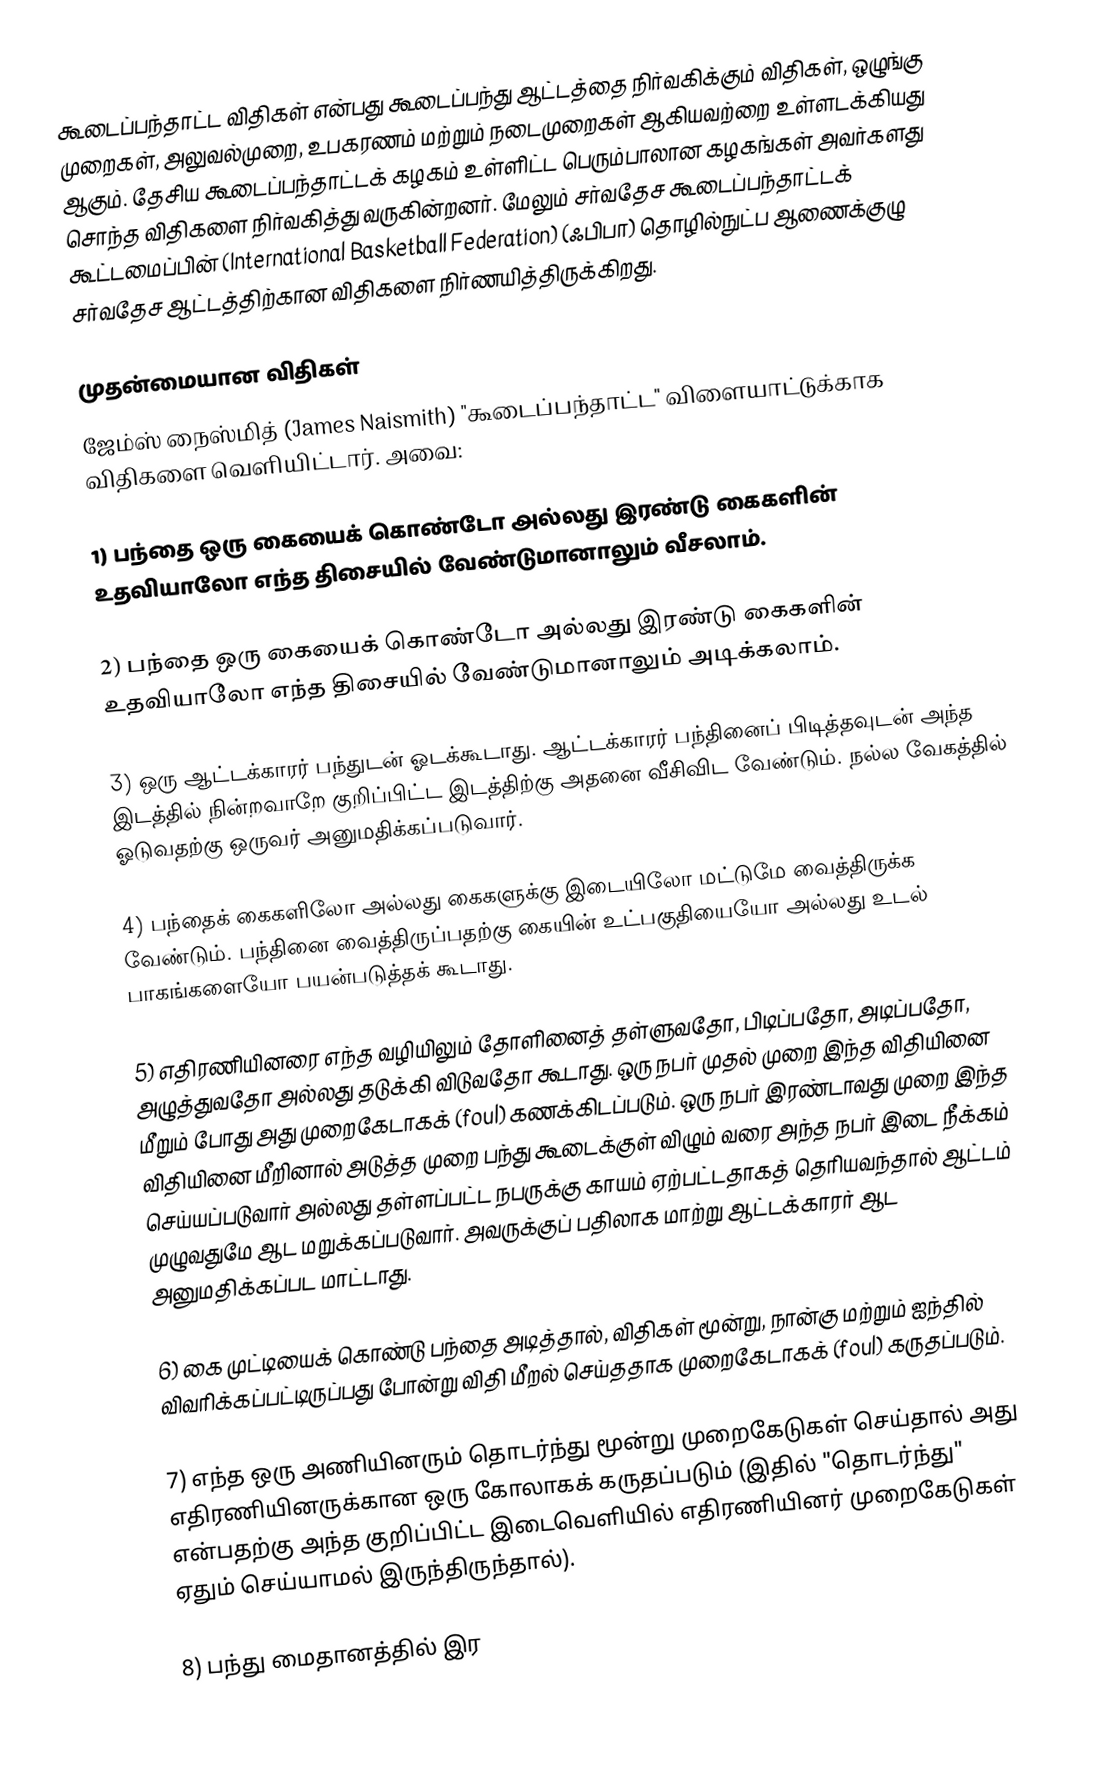
கூடைப்பந்தாட்ட விதிகள் என்பது கூடைப்பந்து ஆட்டத்தை நிர்வகிக்கும் விதிகள், ஒழுங்கு முறைகள், அலுவல்முறை, உபகரணம் மற்றும் நடைமுறைகள் ஆகியவற்றை உள்ளடக்கியது ஆகும். தேசிய கூடைப்பந்தாட்டக் கழகம் உள்ளிட்ட பெரும்பாலான கழகங்கள் அவர்களது சொந்த விதிகளை நிர்வகித்து வருகின்றனர். மேலும் சர்வதேச கூடைப்பந்தாட்டக் கூட்டமைப்பின் (International Basketball Federation) (ஃபிபா) தொழில்நுட்ப ஆணைக்குழு சர்வதேச ஆட்டத்திற்கான விதிகளை நிர்ணயித்திருக்கிறது.

முதன்மையான விதிகள்
ஜேம்ஸ் நைஸ்மித் (James Naismith) "கூடைப்பந்தாட்ட" விளையாட்டுக்காக விதிகளை வெளியிட்டார். அவை:

1) பந்தை ஒரு கையைக் கொண்டோ அல்லது இரண்டு கைகளின் உதவியாலோ எந்த திசையில் வேண்டுமானாலும் வீசலாம்.

2) பந்தை ஒரு கையைக் கொண்டோ அல்லது இரண்டு கைகளின் உதவியாலோ எந்த திசையில் வேண்டுமானாலும் அடிக்கலாம்.

3) ஒரு ஆட்டக்காரர் பந்துடன் ஓடக்கூடாது. ஆட்டக்காரர் பந்தினைப் பிடித்தவுடன் அந்த இடத்தில் நின்றவாறே குறிப்பிட்ட இடத்திற்கு அதனை வீசிவிட வேண்டும். நல்ல வேகத்தில் ஓடுவதற்கு ஒருவர் அனுமதிக்கப்படுவார்.

4) பந்தைக் கைகளிலோ அல்லது கைகளுக்கு இடையிலோ மட்டுமே வைத்திருக்க வேண்டும். பந்தினை வைத்திருப்பதற்கு கையின் உட்பகுதியையோ அல்லது உடல் பாகங்களையோ பயன்படுத்தக் கூடாது.

5) எதிரணியினரை எந்த வழியிலும் தோளினைத் தள்ளுவதோ, பிடிப்பதோ, அடிப்பதோ, அழுத்துவதோ அல்லது தடுக்கி விடுவதோ கூடாது. ஒரு நபர் முதல் முறை இந்த விதியினை மீறும் போது அது முறைகேடாகக் (foul) கணக்கிடப்படும். ஒரு நபர் இரண்டாவது முறை இந்த விதியினை மீறினால் அடுத்த முறை பந்து கூடைக்குள் விழும் வரை அந்த நபர் இடை நீக்கம் செய்யப்படுவார் அல்லது தள்ளப்பட்ட நபருக்கு காயம் ஏற்பட்டதாகத் தெரியவந்தால் ஆட்டம் முழுவதுமே ஆட மறுக்கப்படுவார். அவருக்குப் பதிலாக மாற்று ஆட்டக்காரர் ஆட அனுமதிக்கப்பட மாட்டாது.

6) கை முட்டியைக் கொண்டு பந்தை அடித்தால், விதிகள் மூன்று, நான்கு மற்றும் ஐந்தில் விவரிக்கப்பட்டிருப்பது போன்று விதி மீறல் செய்ததாக முறைகேடாகக் (foul) கருதப்படும்.

7) எந்த ஒரு அணியினரும் தொடர்ந்து மூன்று முறைகேடுகள் செய்தால் அது எதிரணியினருக்கான ஒரு கோலாகக் கருதப்படும் (இதில் "தொடர்ந்து" என்பதற்கு அந்த குறிப்பிட்ட இடைவெளியில் எதிரணியினர் முறைகேடுகள் ஏதும் செய்யாமல் இருந்திருந்தால்).

8) பந்து மைதானத்தில் இர